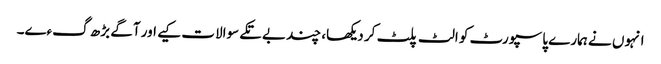
انہوں نے ہمارے پاسپورٹ کو الٹ پلٹ کر دیکھا، چند بے تکے سوالات کیے اور آگے بڑھ گءے۔